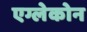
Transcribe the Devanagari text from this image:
एग्लेकोन